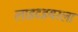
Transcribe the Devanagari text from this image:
लाइटइयरला